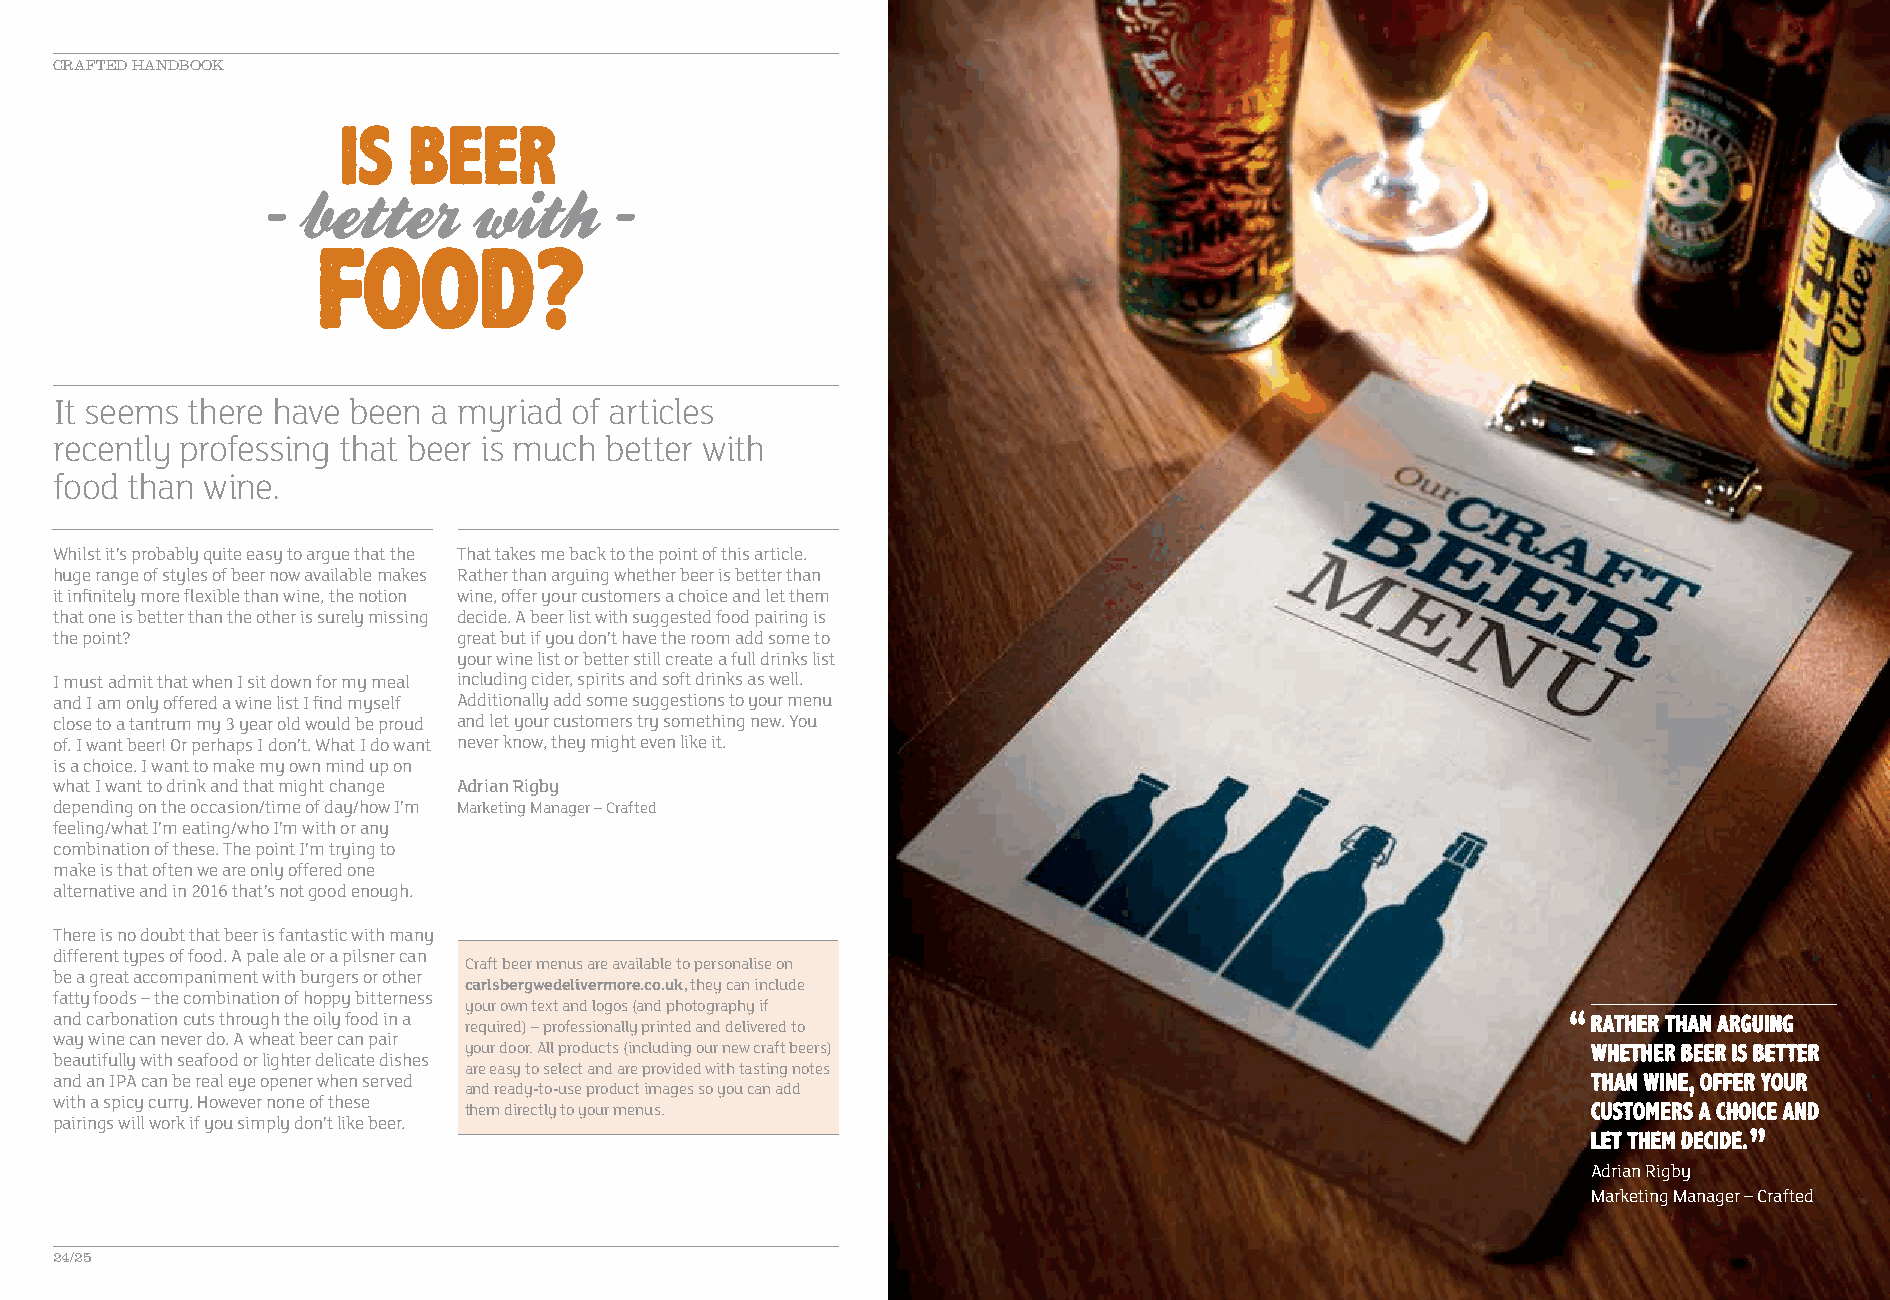
CRAFTED HANDBOOK                                                  CRAFT & SPECIALITY BEERS AND CIDERS 2016/17
 It seems there have been a myriad of articles
 recently professing that beer is much better with
 food than wine.
 Whilst it’s probably quite easy to argue that the That takes me back to the point of this article.
 huge range of styles of beer now available makes Rather than arguing whether beer is better than
 it infinitely more flexible than wine, the notion wine, offer your customers a choice and let them
 that one is better than the other is surely missing decide. A beer list with suggested food pairing is
 the point?                great but if you don’t have the room add some to
 your wine list or better still create a full drinks list
 I must admit that when I sit down for my meal including cider, spirits and soft drinks as well.
 and I am only offered a wine list I find myself Additionally add some suggestions to your menu
 close to a tantrum my 3 year old would be proud and let your customers try something new. You
 of. I want beer! Or perhaps I don’t. What I do want never know, they might even like it.
 is a choice. I want to make my own mind up on
 what I want to drink and that might change Adrian Rigby
 depending on the occasion/time of day/how I’m Marketing Manager – Crafted
 feeling/what I’m eating/who I’m with or any
 combination of these. The point I’m trying to
 make is that often we are only offered one
 alternative and in 2016 that’s not good enough.
 There is no doubt that beer is fantastic with many
 different types of food. A pale ale or a pilsner can
 Craft beer menus are available to personalise on
 be a great accompaniment with burgers or other
 carlsbergwedelivermore.co.uk, they can include
 fatty foods – the combination of hoppy bitterness
 your own text and logos (and photography if
 and carbonation cuts through the oily food in a
 required) – professionally printed and delivered to
 way wine can never do. A wheat beer can pair
 your door. All products (including our new craft beers)
 beautifully with seafood or lighter delicate dishes
 are easy to select and are provided with tasting notes
 and an IPA can be real eye opener when served
 and ready-to-use product images so you can add
 with a spicy curry. However none of these
 them directly to your menus.
 pairings will work if you simply don’t like beer.
 Adrian Rigby
 Marketing Manager – Crafted
 24/25